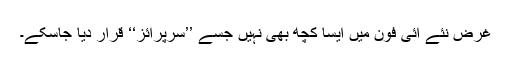
غرض نئے آئی فون میں ایسا کچھ بھی نہیں جسے ’’سرپرائز‘‘ قرار دیا جاسکے۔